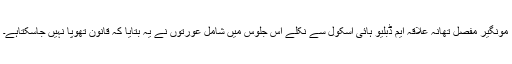
مونگیر مُفصل تھانہ علاقہ ایم ڈبلیو ہائی اسکول سے نکلے اس جلوس میں شامل عورتوں نے یہ بتایا کہ قانون تھوپا نہیں جاسکتاہے۔